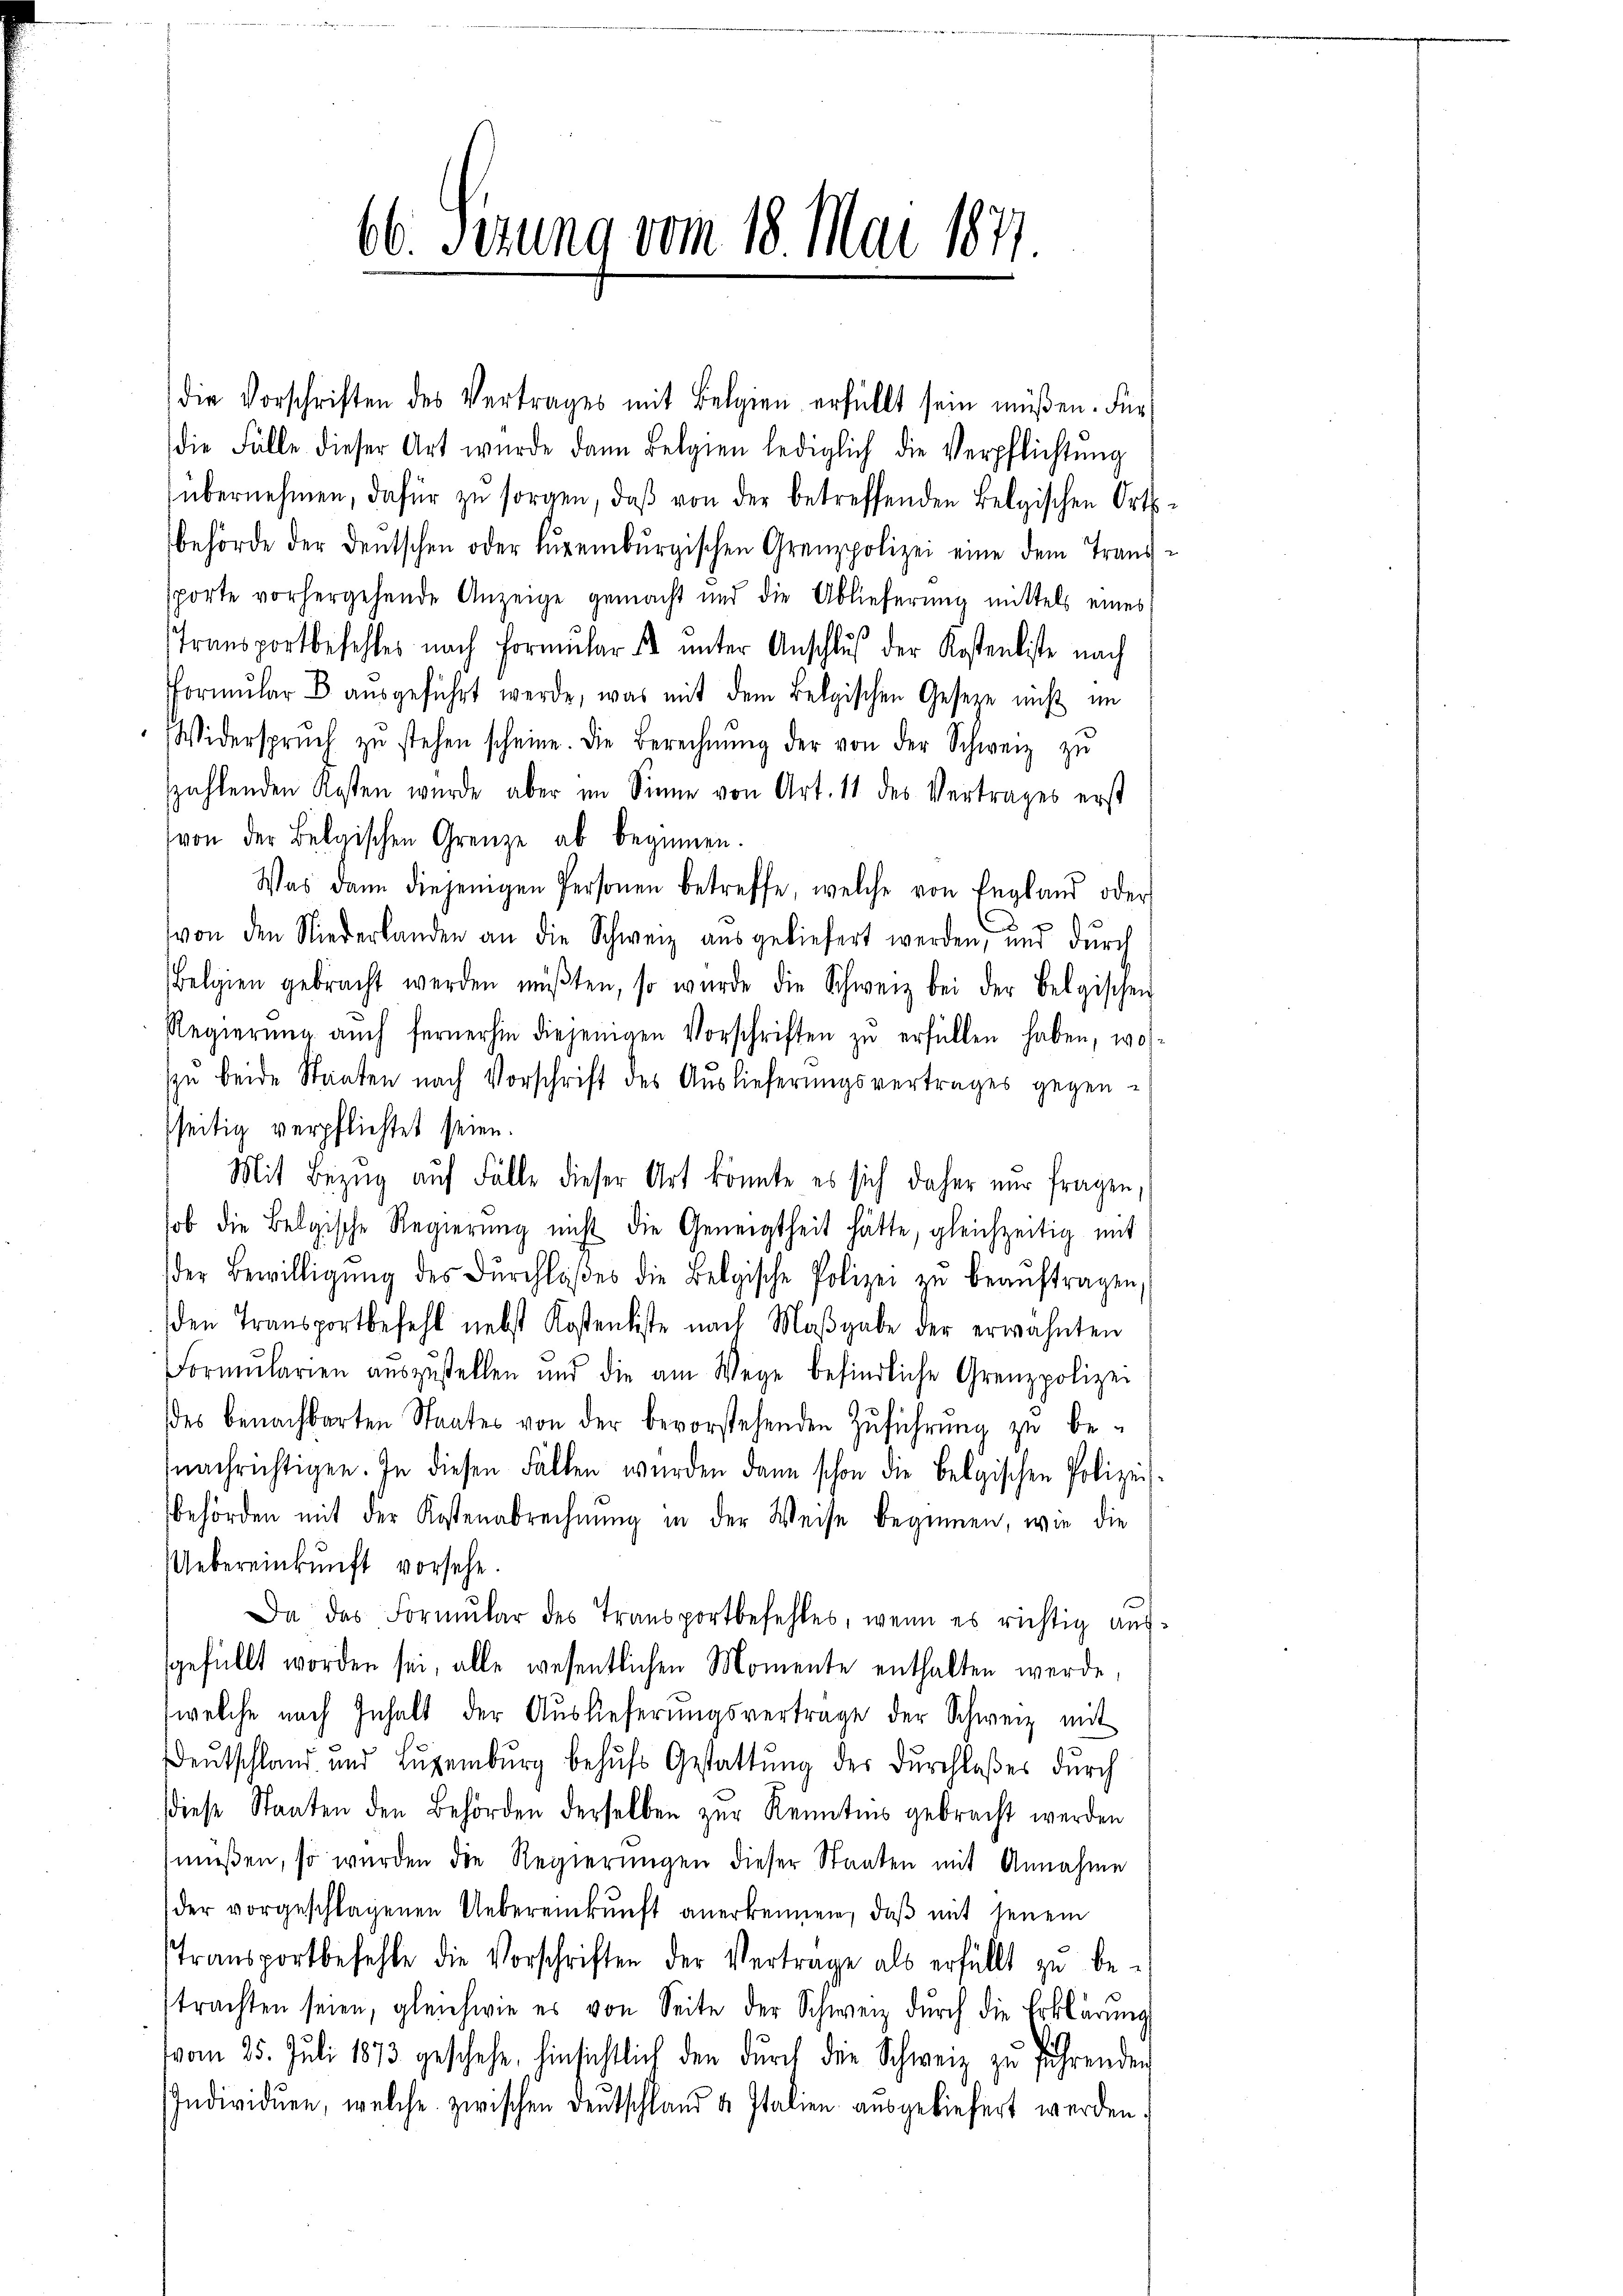
66. Setzung vom 18. Mai 187

die Vorschriften des Vertrages mit Belgien erfüllt sein müßen. Für
die Fälle dieser Art wurde dann Belgien lediglich die Verpflichtŭng
übernehmen, dafür zu sorgen, daß von der betreffenden Belgischen Ortsbehörde der deutschen oder Lŭreiburgischen Grenzpolizei eine dem Transsporte vorhergehende Anzeige gemacht und die Ablieferung mittels eines
Transportbefehles nach Formŭlar s ŭnter Anschluß der Kostenliste nach
Formŭlar B aŭsgeführt werde, was mit dem Belgischen Gesetze nicht im
Widerspruch zŭ stehen scheine. Die Berechnŭng der von der Schweiz zŭ
zahlenden Kosten wurde aber im Sinne von Art. 11 des Vertrages erst
von der Belgischen Grenze ab beginnen.
Was dann diejenigen Personen betreffe, welche von England oder
von den Niederlanden an die Schweiz aŭsgeliefert werden, und dŭrch
Belgien gebracht werden müβten, so wurde die Schweiz bei der Belgischen
Regierŭng aŭch fernerhin diejenigen Vorschriften zŭ erfüllen haben, wos-
zŭ beide Staaten nach Vorschrift des Aŭslieferŭngsvertrages gegen-
sseitig verpflichtet seien.
Mit Bezug auf Fälle dieser Art könnte es sich daher nur fragen,
sob die Belgische Regierŭng nicht die Geneigtheit hätte, gleichzeitig mit
der Bewilligŭng des dŭrchlaßes die Belgische Polizei zŭ beaŭftragen
den Transportbefehl nebst Kostenliste nach Maβgabe der erwähnten
Formŭlarien aŭszŭstellen und die am Wege befindliche Grenzpolizei
des benachbarten Staates von der bevorstehenden Zŭführŭng zu be-
nachrichtigen. In diesen Fällen wurden dann schon die Belgischen Polizei
behörden mit der Kostenabrechnung in der Weise beginnen, wie die
Uebereinkunft vorsehe.
Da das Formŭlar des Transportbefehles, wenn es richtig auf-
gefüllt worden sei, alle wesentlichen Momente enthalten werde,
(welche nach Inhalt der Auslieferŭngsvertrage der Schweiz mit
Deutschland und Luxenburg behŭfs Gestattung der Durchlaßes durch
diese Staaten den Behörden derselben zŭr Kenntnis gebracht werden
müssen, so wurden die Regierungen dieser Staaten mit Annahme
der vorgeschlagenen Uebereinkunft anerkennen, daβ mit jenem
Transportbefehle die Vorschriften der Vertrage als erfüllt zŭ be-
trachten seien, gleichwie es von Seite der Schweiz durch die Erklärung
vom 25. Juli 1873 geschehe, hinsichtlich den dŭrch der Schweiz zŭ führenden
Individuen, welche zwischen Deutschland u. Italien ausgeliefert werden: